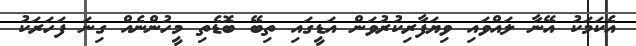
އެކަމަކު އޭނާ ލައްވައި ވިޔަފާރިކުރުވަން އަޑީގައި ތިބޭ ބޮޑެތި މީހުންނެއް ގިނަ ފަހަރަކު